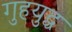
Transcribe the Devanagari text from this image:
गुहयुद्ध